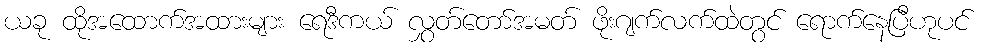
ယခု ထိုအထောက်အထားများ ရေဒီကယ် လွှတ်တော်အမတ် ဖိုးဂျက်လက်ထဲတွင် ရောက်နေပြီဟုပင်